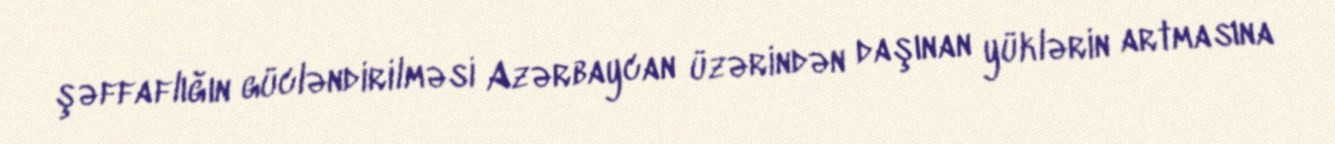
şəffaflığın gücləndirilməsi Azərbaycan üzərindən daşınan yüklərin artmasına